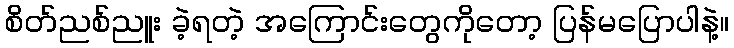
စိတ်ညစ်ညူး ခဲ့ရတဲ့ အကြောင်းတွေကိုတော့ ပြန်မပြောပါနဲ့။